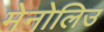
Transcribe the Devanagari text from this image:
मेनोलिउ